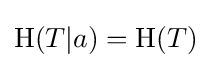
\mathrm {H} (T|a)=\mathrm {H} (T)